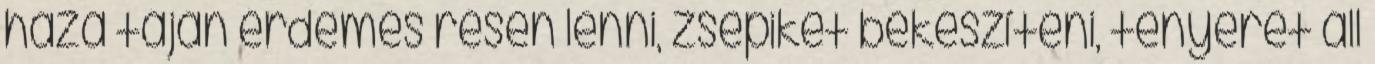
háza táján érdemes résen lenni, zsepiket bekészíteni, tenyeret áll